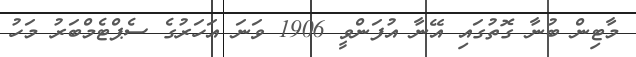
މާޓިން ބުނާ ގޮތުގައި އޭނާ އުފަންވީ 1906 ވަނަ އަހަރުގެ ސެޕްޓެމްބަރު މަހު